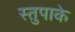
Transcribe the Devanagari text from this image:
स्तुपाके